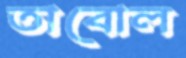
তাবোল